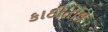
કાઠીતાલ